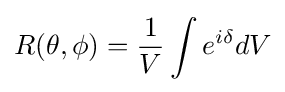
R(\theta ,\phi )={\frac {1}{V}}\int {}{}e^{i\delta }dV